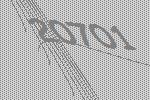
20701